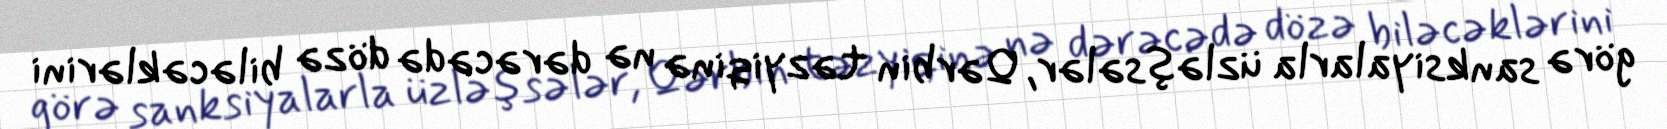
görə sanksiyalarla üzləşsələr, Qərbin təzyiqinə nə dərəcədə dözə biləcəklərini